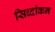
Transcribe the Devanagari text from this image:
सिध्दांकन